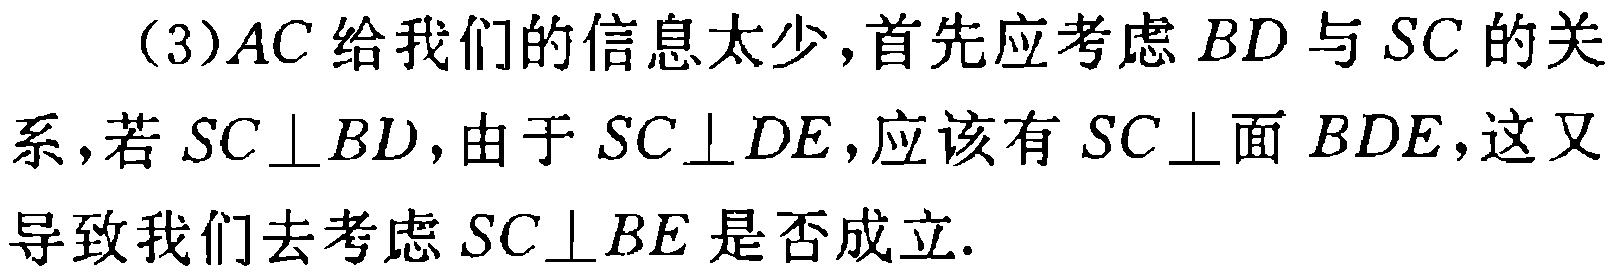
(3)\(AC\)给我们的信息太少，首先应考虑\(BD\)与\(SC\)的关系，若\(SC\perp BD\)，由于\(SC\perp DE\)，应该有\(SC\perp\)面\(BDE\)，这又导致我们去考虑\(SC\perp BE\)是否成立.